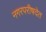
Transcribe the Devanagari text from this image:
नगरपरीषदेत